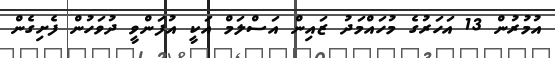
އުމުުރުން 13 އަހަރުގެ މުހައްމަދު ޒައިން އަސްލަމް އަކީ އުފަންވީ ދުވަހުން ފެށިގެން